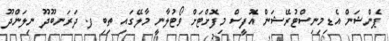
ޕެންޝަން އެޑިމިނިސްޓުރޭޝަން އޮފީސް މިފޮށްޓަށް ވޯޓުލާނީ މާލޭގައި ތިބި ފ. ދަރަނބޫދޫ ނިލަންދޫ